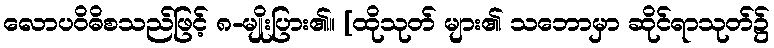
လောပဝိဓိစသည်ဖြင့် ၈-မျိုးပြား၏။ [ထိုသုတ် များ၏ သဘောမှာ ဆိုင်ရာသုတ်၌